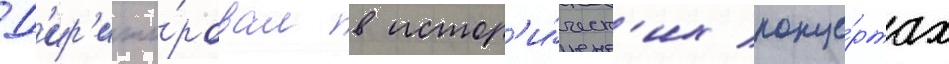
Д'ир'ижи́ровал в истор'и́ческ'их конце́ртах